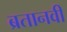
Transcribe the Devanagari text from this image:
ब्रतानवी